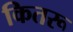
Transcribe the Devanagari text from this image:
कितरू